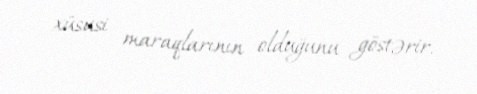
xüsusi maraqlarının olduğunu göstərir.